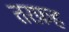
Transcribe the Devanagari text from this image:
तरफ़ह